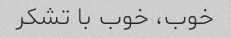
خوب، خوب با تشکر